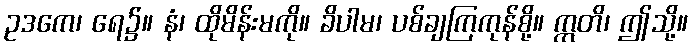
ဥဒကေ၊ ရေ၌။ နံ၊ ထိုမိန်းမကို။ ခိပါမ၊ ပစ်ချကြကုန်စို့။ ဣတိ၊ ဤသို့။